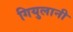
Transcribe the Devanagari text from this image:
गियुलानी